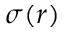
\sigma ( r )